Treatise on elephants
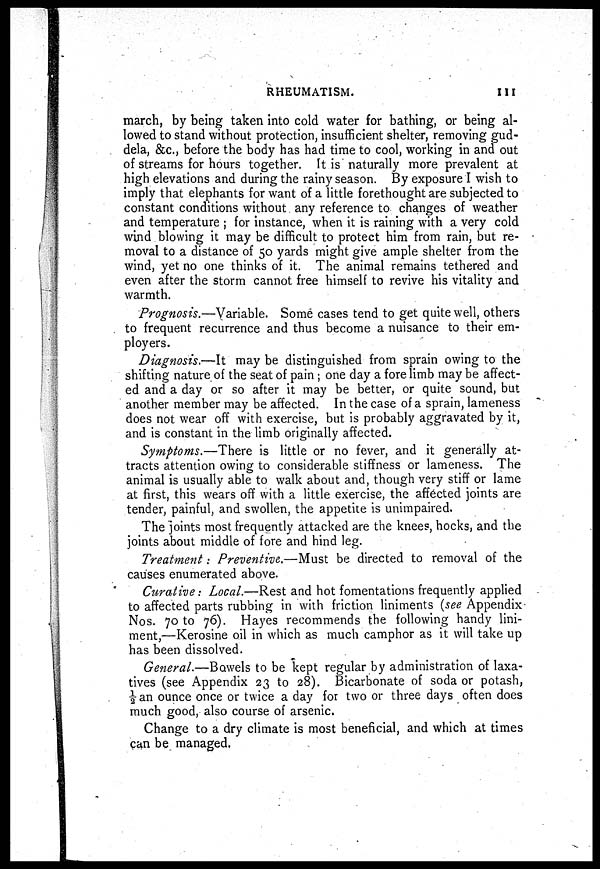
RHEUMATISM.
111
march, by being taken into cold water for bathing, or being al-
lowed to stand without protection, insufficient shelter, removing gud-
dela, &c., before the body has had time to cool, working in and out
of streams for hours together. It is naturally more prevalent at
high elevations and during the rainy season. By exposure I wish to
imply that elephants for want of a little forethought are subjected to
constant conditions without any reference to changes of weather
and temperature ; for instance, when it is raining with a very cold
wind blowing it may be difficult to protect him from rain, but re-
moval to a distance of 50 yards might give ample shelter from the
wind, yet no one thinks of it. The animal remains tethered and
even after the storm cannot free himself to revive his vitality and
warmth.
Prognosis.—Variable. Some cases tend to get quite well, others
to frequent recurrence and thus become a nuisance to their em-
ployers.
Diagnosis.—It may be distinguished from sprain owing to the
shifting nature of the seat of pain; one day a fore limb may be affect-
ed and a day or so after it may be better, or quite sound, but
another member may be affected. In the case of a sprain, lameness
does not wear off with exercise, but is probably aggravated by it,
and is constant in the limb originally affected.
Symptoms.—There is little or no fever, and it generally at-
tracts attention owing to considerable stiffness or lameness. The
animal is usually able to walk about and, though very stiff or lame
at first, this wears off with a little exercise, the aff6cted joints are
tender, painful, and swollen, the appetite is unimpaired.
The joints most frequently attacked are the knees, hocks, and the
joints about middle of fore and hind leg.
Treatment : Preventive.—Must be directed to removal of the
causes enumerated above.
Curative : Local.—Rest and hot fomentations frequently applied
to affected parts rubbing in with friction liniments (see Appendix
Nos. 70 to 76). Hayes recommends the following handy lini-
ment,—Kerosine oil in which as much camphor as it will take up
has been dissolved.
General.—Bowels to be kept regular by administration of laxa-
tives (see Appendix 23 to 28). Bicarbonate of soda or potash,
½ an ounce once or twice a day for two or three days often does
much good, also course of arsenic.
Change to a dry climate is most beneficial, and which at times
can be managed.